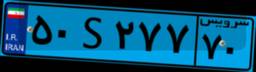
۵۰S۲۷۷۷۰